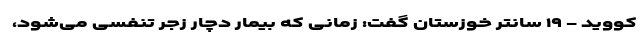
کووید - ۱۹ سانتر خوزستان گفت: زمانی که بیمار دچار زجر تنفسی می‌شود،